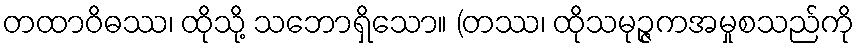
တထာဝိဓဿ၊ ထိုသို့ သဘောရှိသော။ (တဿ၊ ထိုသမုဉ္ဇကအမှုစသည်ကို